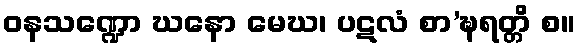
ဝနသဏ္ဍော ဃနော မေဃ၊ ပဋလံ စာ’ဍ္ဎရတ္တိ စ။